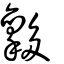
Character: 𡗋